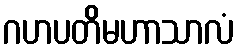
ဂဟပတိမဟာသာလံ